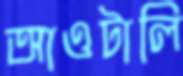
আওটালি